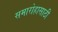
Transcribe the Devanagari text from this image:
समारोहासाठी